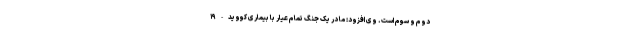
دوم و سوم است. وی افزود: ما در یک جنگ تمام عیار با بیماری کووید-۱۹